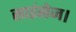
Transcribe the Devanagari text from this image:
साइंसेज।